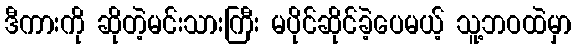
ဒီကားကို ဆိုတဲ့မင်းသားကြီး မပိုင်ဆိုင်ခဲ့ပေမယ့် သူ့ဘဝထဲမှာ